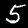
Digit: 5